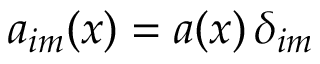
a _ { i m } ( \boldsymbol x ) = a ( \boldsymbol x ) \, \delta _ { i m }